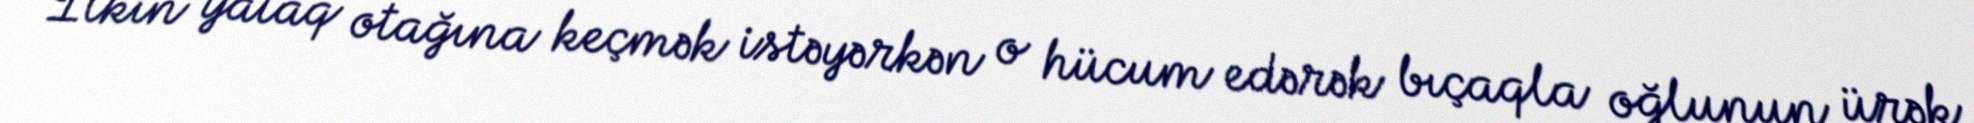
İlkin yataq otağına keçmək istəyərkən o hücum edərək bıçaqla oğlunun ürək